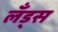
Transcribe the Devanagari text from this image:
लँड्स